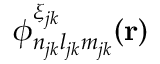
\phi _ { n _ { j k } l _ { j k } m _ { j k } } ^ { \xi _ { j k } } ( \mathbf { r } )